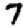
Digit: 7